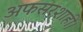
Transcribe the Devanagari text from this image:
अफसरशाही।